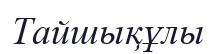
Тайшықұлы